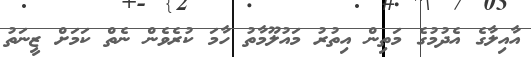
އާއިލާގެ އެދުމުގެ މަތިން އިތުރު މައުލޫމާތު ހާމަ ކުރެވެން ނެތް ކަމަށް ޒީނަތު